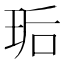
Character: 㻈